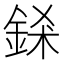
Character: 𨦾